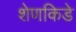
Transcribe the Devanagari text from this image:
शेणकिडे